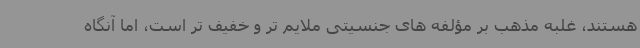
هستند، غلبه مذهب بر مؤلفه های جنسیتی ملایم تر و خفیف تر است، اما آنگاه